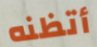
أتظنه